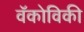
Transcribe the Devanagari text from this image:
वॅकोविकी